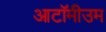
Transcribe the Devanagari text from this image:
आटॉमीउम